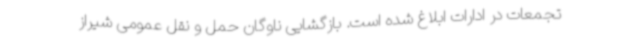
تجمعات در ادارات ابلاغ شده است. بازگشایی ناوگان حمل و نقل عمومی شیراز